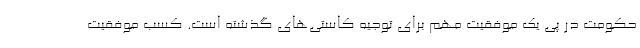
حکومت در پی یک موفقیت مهم برای توجیه کاستی‌های گذشته است. کسب موفقیت